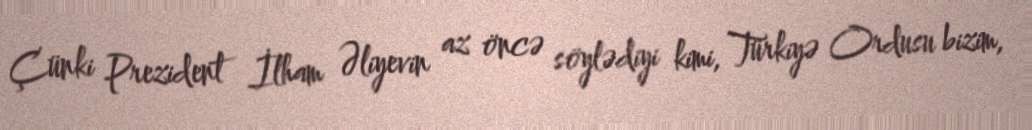
Çünki Prezident İlham Əliyevin az öncə söylədiyi kimi, Türkiyə Ordusu bizim,